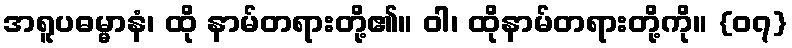
အရူပဓမ္မာနံ၊ ထို နာမ်တရားတို့၏။ ဝါ၊ ထိုနာမ်တရားတို့ကို။ {၀၇}